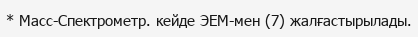
* Масс-Спектрометр. кейде ЭЕМ-мен (7) жалғастырылады.